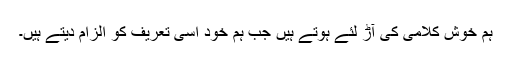
ہم خوش کلامی کی آڑ لئے ہوتے ہیں جب ہم خود اسی تعریف کو الزام دیتے ہیں۔